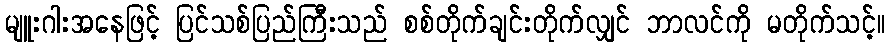
မျူးဂါးအနေဖြင့် ပြင်သစ်ပြည်ကြီးသည် စစ်တိုက်ချင်းတိုက်လျှင် ဘာလင်ကို မတိုက်သင့်။